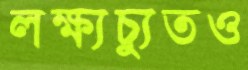
লক্ষ্যচ্যুতও